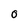
Character: 0